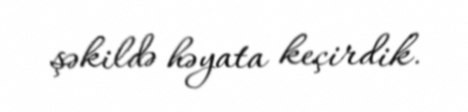
şəkildə həyata keçirdik.